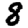
Digit: 8